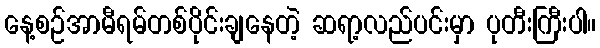
နေ့စဉ်အာမီရမ်တစ်ပိုင်းချနေတဲ့ ဆရာ့လည်ပင်းမှာ ပုတီးကြီးပါ။